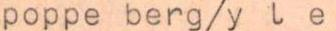
poppe berg/yle